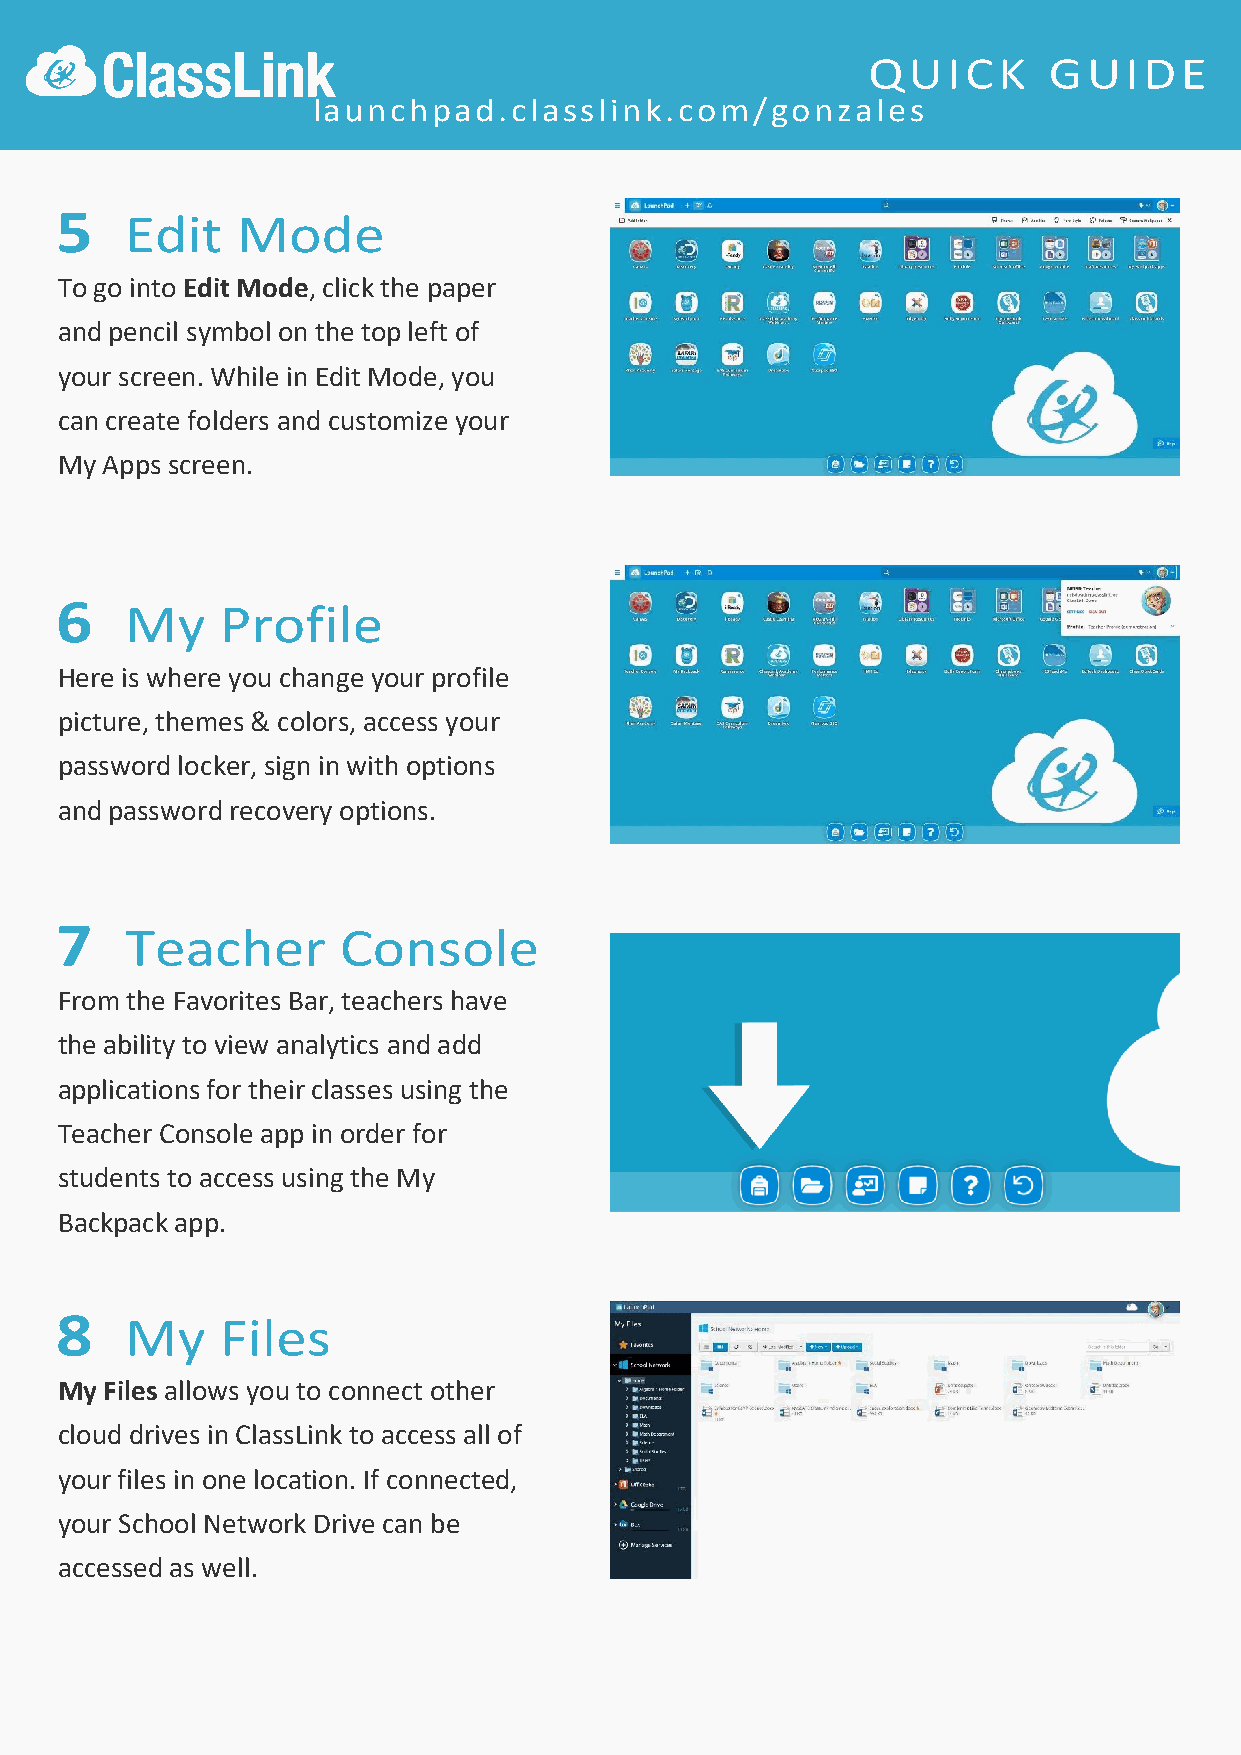
launchpad.classlink.com/gonzales
 5   Edit    Mode
 To go into Edit Mode, click the paper
 and pencil symbol on the top left of
 your screen. While in Edit Mode, you
 can create folders and customize your
 My Apps screen.
 6   My     Profile
 Here is where you change your profile
 picture, themes & colors, access your
 password locker, sign in with options
 and password recovery options.
 7   Teacher       Console
 From the Favorites Bar, teachers have
 the ability to view analytics and add
 applications for their classes using the
 Teacher Console app in order for
 students to access using the My
 Backpack app.
 8   My     Files
 My Files allows you to connect other
 cloud drives in ClassLink to access all of
 your files in one location. If connected,
 your School Network Drive can be
 accessed as well.